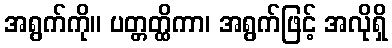
အရွက်ကို။ ပတ္တတ္ထိကာ၊ အရွက်ဖြင့် အလိုရှိ